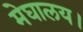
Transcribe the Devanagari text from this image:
मेघालय।